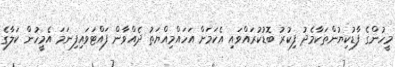
މީހުންގެ ފާޑުކިޔުންތަކާމެދު ފިކުރު ބޮޑުކުރައްވައި އެކަމަށް އަހައްމިއްޔަތު ދެއްވާން ފައްޓަވައިފިނަމަ އެމީހުން ކަލާގެ